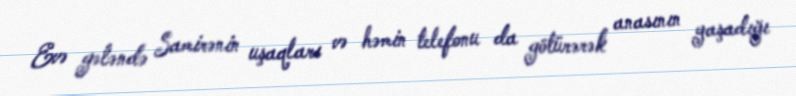
Evə gələndə Samirənin uşaqları və həmin telefonu da götürərək anasının yaşadığı